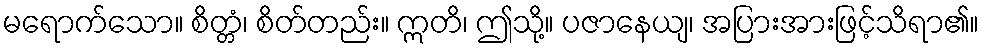
မရောက်သော။ စိတ္တံ၊ စိတ်တည်း။ ဣတိ၊ ဤသို့။ ပဇာနေယျ၊ အပြားအားဖြင့်သိရာ၏။